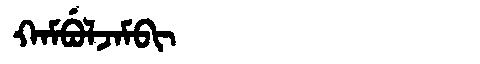
Manchu: ᡴᠠᠮᠪᡠᠯᠵᠠᠮᠪᡳ
Romanization: KAMBULJAMBI